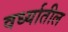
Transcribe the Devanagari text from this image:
वर्ध्यातील